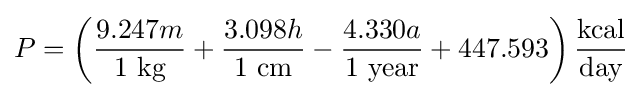
P=\left({\frac {9.247m}{1~{\text{kg}}}}+{\frac {3.098h}{1~{\text{cm}}}}-{\frac {4.330a}{1~{\text{year}}}}+447.593\right){\frac {\text{kcal}}{\text{day}}}